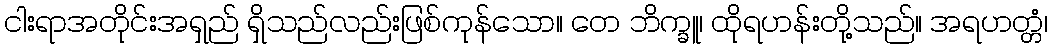
ငါးရာအတိုင်းအရှည် ရှိသည်လည်းဖြစ်ကုန်သော။ တေ ဘိက္ခူ၊ ထိုရဟန်းတို့သည်။ အရဟတ္တံ၊